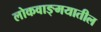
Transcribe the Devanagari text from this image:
लोकवाङ्‍मयातील